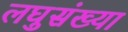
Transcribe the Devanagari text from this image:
लघुसंख्या